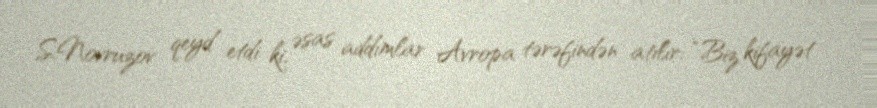
S.Novruzov qeyd etdi ki, əsas addımlar Avropa tərəfindən atılır: “Biz kifayət